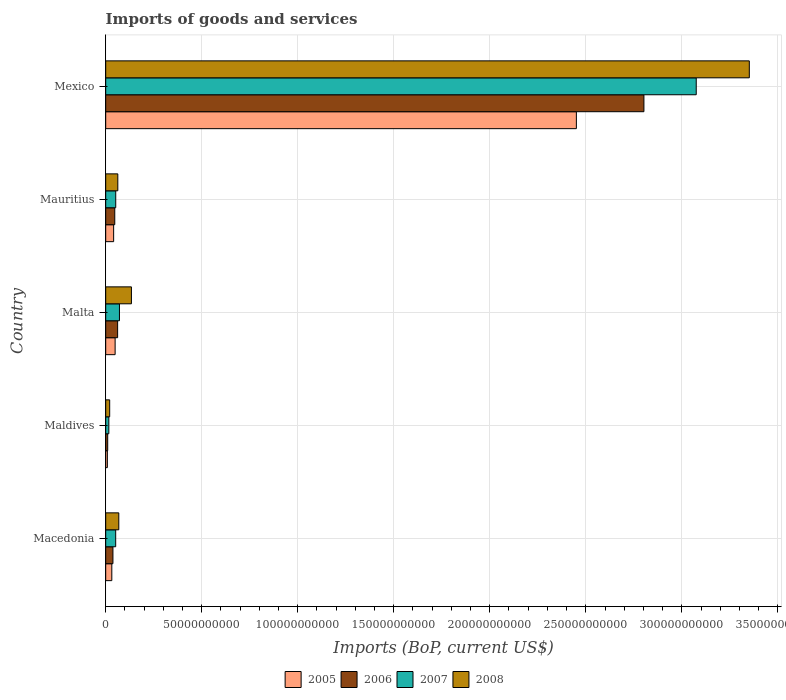
| Country | 2005 | 2006 | 2007 | 2008 |
 | --- | --- | --- | --- | --- |
 | Macedonia | 3.19e+09 | 3.77e+09 | 5.2e+09 | 6.82e+09 |
 | Maldives | 8.69e+08 | 1.05e+09 | 1.64e+09 | 2.08e+09 |
 | Malta | 4.91e+09 | 6.21e+09 | 7.16e+09 | 1.34e+10 |
 | Mauritius | 4.13e+09 | 4.73e+09 | 5.23e+09 | 6.31e+09 |
 | Mexico | 2.45e+11 | 2.8e+11 | 3.08e+11 | 3.35e+11 |